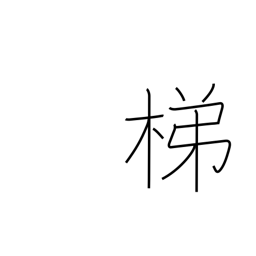
Meaning: insatiable drinking